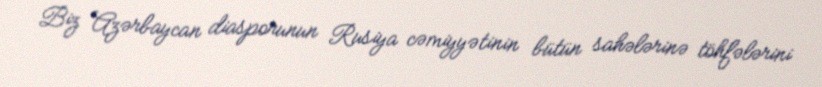
Biz Azərbaycan diasporunun Rusiya cəmiyyətinin bütün sahələrinə töhfələrini